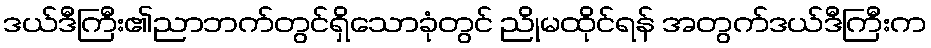
ဒယ်ဒီကြီး၏ညာဘက်တွင်ရှိသောခုံတွင် ညိုမထိုင်ရန် အတွက်ဒယ်ဒီကြီးက